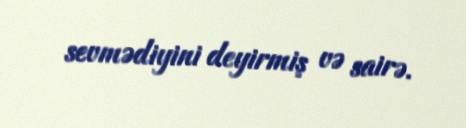
sevmədiyini deyirmiş və sairə.